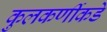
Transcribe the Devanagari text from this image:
कुलकर्णीकडे